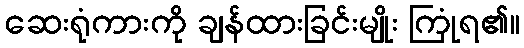
ဆေးရုံကားကို ချန်ထားခြင်းမျိုး ကြုံရ၏။